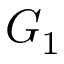
G _ { 1 }